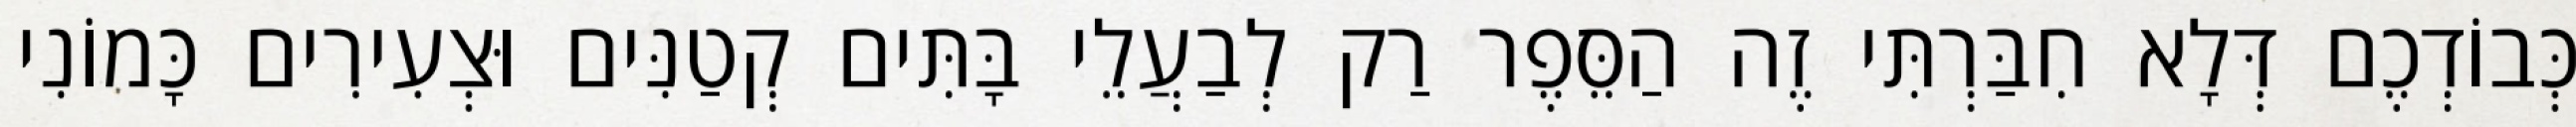
כְּבוֹדְכֶם דְּלָא חִבַּרְתִּי זֶה הַסֵּפֶר רַק לְבַעֲלֵי בָּתִּים קְטַנִּים וּצְעִירִים כָּמוֹנִי